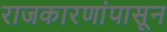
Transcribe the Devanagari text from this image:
राजकारणांपासून